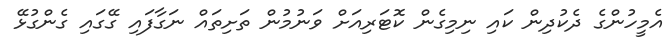
އެމީހުންގެ ދެކުދިން ކައި ނިމިގެން ކޮޓަރިއަށް ވަނުމުން ތަށިތައް ނަގާފައި ގޭގައި ގެންގުޅޭ